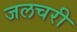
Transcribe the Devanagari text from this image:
जलचरी